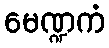
မေဏ္ဍကံ